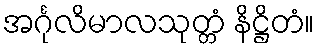
အင်္ဂုလိမာလသုတ္တံ နိဋ္ဌိတံ။